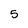
Character: 5